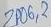
Text: ZP06,2